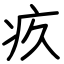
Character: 疚